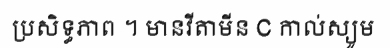
ប្រសិទ្ធភាព ។ មានវីតាមីន C កាល់ស្យូម